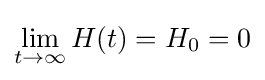
\lim _{t\rightarrow \infty }H(t)=H_{0}=0